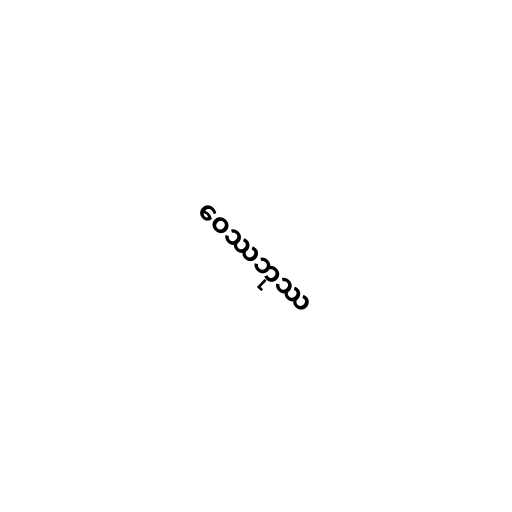
ဝေဿဘုဿ